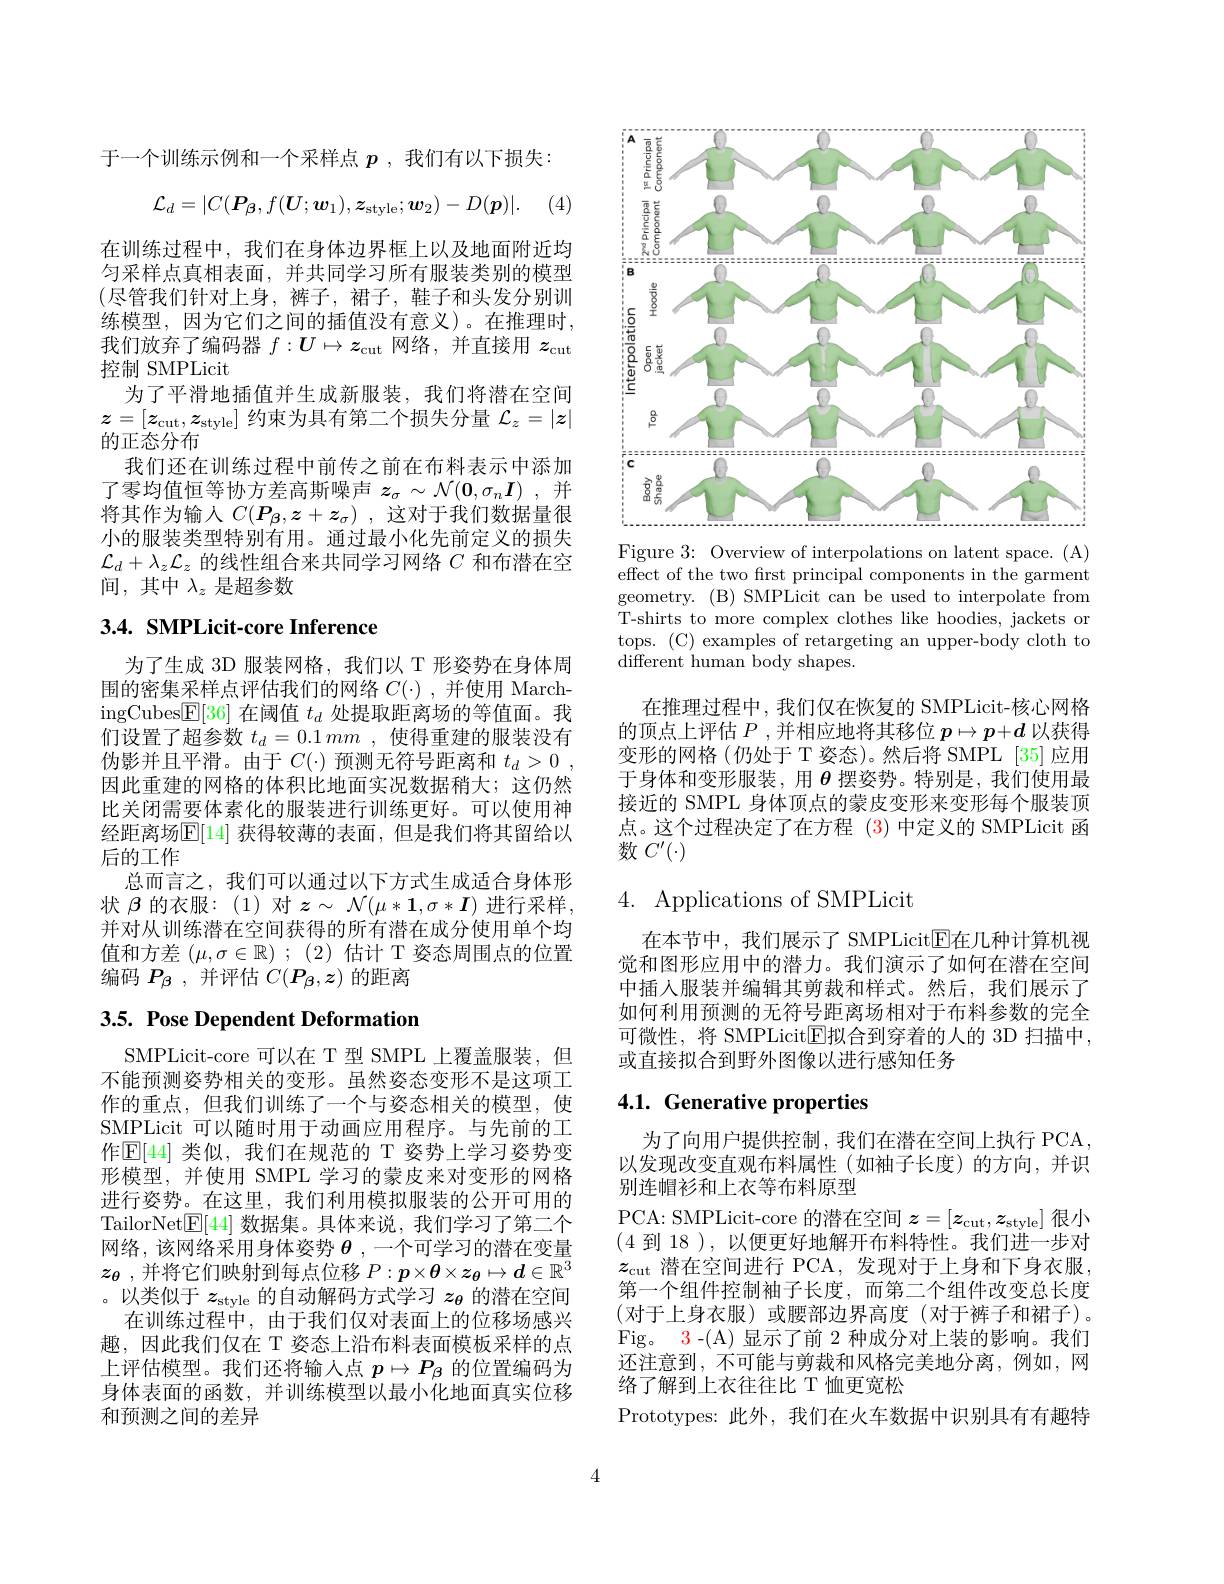
于一个训练示例和一个采样点$p$ ,我们有以下损失：
$$\mathcal{L}_d=|C(\boldsymbol{P_\beta},f(\boldsymbol{U};\boldsymbol{w}_1),\boldsymbol{z}_\mathrm{style};\boldsymbol{w}_2)-D(\boldsymbol{p})|.$$
在训练过程中，我们在身体边界框上以及地面附近均匀采样点真相表面，并共同学习所有服装类别的模型(尽管我们针对上身，裤子，裙子，鞋子和头发分别训练模型，因为它们之间的插值没有意义)。在推理时， 我们放弃了编码器$f:\boldsymbol{U}\mapsto z_\mathrm{cut}$网络，并直接用$z_\mathrm{cut}$ 控制 SMPLicit
为了平滑地插值并生成新服装，我们将潜在空间$z=[z_{\mathrm{cut}},z_{\mathrm{style}}]$约束为具有第二个损失分量$\mathcal{L}_z=|z|$ 的正态分布
我们还在训练过程中前传之前在布料表示中添加了零均值恒等协方差高斯噪声$z_\sigma \sim \mathcal{N} ( \mathbf{0} , \sigma _n\boldsymbol{I})$ ,并将其作为输入$C(P_\beta,z+z_\sigma)$ ,这对于我们数据量很小的服装类型特别有用。通过最小化先前定义的损失$\mathcal{L}_d+\lambda_z\mathcal{L}_z$的线性组合来共同学习网络$C$和布潜在空间，其中$\lambda_z$是超参数

# 3.4. SMPLicit-core Inference

为了生成 3D 服装网格，我们以 T 形姿势在身体周围的密集采样点评估我们的网络$C(\cdot)$,并使用 MarchingCubes$\boxed{\mathrm{F}}[36]$在阈值$t_d$处提取距离场的等值面。我们设置了超参数$t_d=0.1mm$ ,使得重建的服装没有伪影并且平滑。由于$C(\cdot)$预测无符号距离和$t_d> 0$ , 因此重建的网格的体积比地面实况数据稍大；这仍然比关闭需要体素化的服装进行训练更好。可以使用神经距离场$\mathbb{E}[14]$ 获得较薄的表面，但是我们将其留给以后的工作
总而言之，我们可以通过以下方式生成适合身体形状$\beta$的衣服：(1)对$z\sim\mathcal{N}(\mu*\mathbf{1},\sigma*\boldsymbol{I})$进行采样， 并对从训练潜在空间获得的所有潜在成分使用单个均值和方差$( \mu , \sigma \in \mathbb{R} )$ ; (2)估计 T 姿态周围点的位置编码$P_{\beta}$ ,并评估$C(P_{\beta},z)$的距离

# 3.5. Pose Dependent Deformation

SMPLicit-core 可以在 T 型 SMPL 上覆盖服装，但不能预测姿势相关的变形。虽然姿态变形不是这项工作的重点，但我们训练了一个与姿态相关的模型，使SMPLicit 可以随时用于动画应用程序。与先前的工作$\mathbb{E}[44]$ 类似，我们在规范的 T 姿势上学习姿势变形模型，并使用 SMPL 学习的蒙皮来对变形的网格进行姿势。在这里，我们利用模拟服装的公开可用的TailorNet$\underline{\mathrm{E}}[44]$数据集。具体来说，我们学习了第二个网络，该网络采用身体姿势 $\boldsymbol{\theta}$,一个可学习的潜在变量$z_{\boldsymbol{\theta}}$ ,并将它们映射到每点位移$P:\boldsymbol{p}\times\boldsymbol{\theta}\times\boldsymbol{z}_{\boldsymbol{\theta}}\mapsto\boldsymbol{d}\in\mathbb{R}^3$ 。以类似于$z_\mathrm{style}$的自动解码方式学习$z_{\theta}$的潜在空间
在训练过程中，由于我们仅对表面上的位移场感兴趣，因此我们仅在 T 姿态上沿布料表面模板采样的点上评估模型。我们还将输入点$p\mapsto P_\beta$的位置编码为身体表面的函数，并训练模型以最小化地面真实位移和预测之间的差异

<FigureHere>
Figure 3: Overview of interpolations on latent space. (A)

effect of the two frst principal components in the garment geometry. (B) SMPLicit can be used to interpolate from T-shirts to more complex clothes like hoodies, jackets or tops. (C) examples of retargeting an upper-body cloth to ${\overset{\mathrm{different~human~body~shapes.}}}$

在推理过程中，我们仅在恢复的 SMPLicit-核心网格的顶点上评估$P$ ,并相应地将其移位$p\mapsto p+d$以获得变形的网格(仍处于 T 姿态)。然后将 SMPL [35]应用于身体和变形服装，用$\boldsymbol{\theta}$摆姿势。特别是，我们使用最接近的 SMPL 身体顶点的蒙皮变形来变形每个服装顶点。这个过程决定了在方程 (3)中定义的 SMPLicit 函数$C^\prime(\cdot)$

# 4. Applications of SMPLicit

在本节中，我们展示了 SMPLicit$\overline{\mathrm{E}}$在几种计算机视觉和图形应用中的潜力。我们演示了如何在潜在空间中插人服装并编辑其剪裁和样式。然后，我们展示了如何利用预测的无符号距离场相对于布料参数的完全可微性，将 SMPLicit$\overline{\mathrm{E}}$拟合到穿着的人的 3D 扫描中， 或直接拟合到野外图像以进行感知任务

# 4.1. Generative properties

为了向用户提供控制，我们在潜在空间上执行 PCA, 以发现改变直观布料属性(如袖子长度)的方向，并识别连帽衫和上衣等布料原型
PCA: SMPLicit-core 的潜在空间$z=[z_\mathrm{cut},z_\mathrm{style}]$很小(4到 18 ), 以便更好地解开布料特性。我们进一步对$z_\mathrm{cut}$ 潜在空间进行 PCA,发现对于上身和下身衣服， 第一个组件控制袖子长度，而第二个组件改变总长度(对于上身衣服)或腰部边界高度(对于裤子和裙子)。Fig。3-(A) 显示了前 2 种成分对上装的影响。我们还注意到，不可能与剪裁和风格完美地分离，例如，网络了解到上衣往往比 T 恤更宽松
Prototypes:此外，我们在火车数据中识别具有有趣特

4